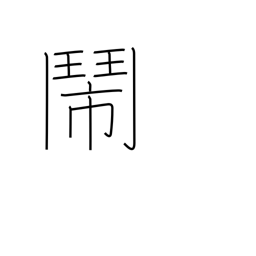
Meaning: dispute hotly